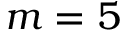
m = 5